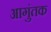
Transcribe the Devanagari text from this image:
आगुंतक